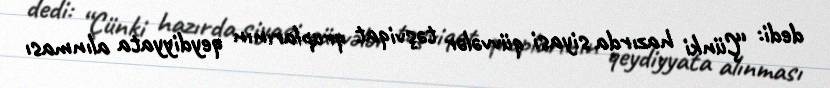
dedi: “Çünki hazırda siyasi qüvvələr təşviqat qruplarının qeydiyyata alınması